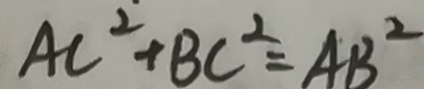
A C ^ { 2 } + B C ^ { 2 } = A B ^ { 2 }